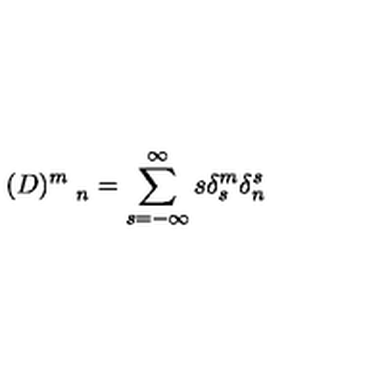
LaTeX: ( D ) _ { \quad n } ^ { m } = \sum _ { s = - \infty } ^ { \infty } s \delta _ { s } ^ { m } \delta _ { n } ^ { s }